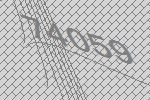
74059